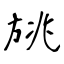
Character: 旐